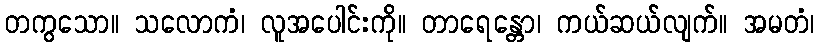
တကွသော။ သလောကံ၊ လူအပေါင်းကို။ တာရေန္တော၊ ကယ်ဆယ်လျက်။ အမတံ၊